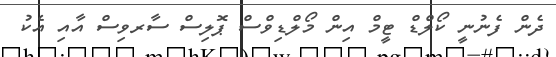
ދެން ފެނުނީ ކޯލްޑް ޓީމް އިން މޯލްޑިވްސް ޕޮލިސް ސާރވިސް އާއި އެކު